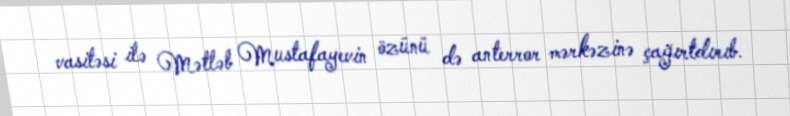
vasitəsi ilə Mətləb Mustafayevin özünü də anterror mərkəzinə çağırtdırıb.